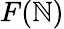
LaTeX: F(\mathbb{N})